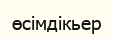
өсімдікьер